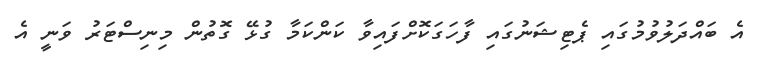
އެ ބައްދަލުވުމުގައި ޕެޓިޝަނުގައި ފާހަގަކޮށްފައިވާ ކަންކަމާ ގުޅޭ ގޮތުން މިނިސްޓަރު ވަނީ އެ